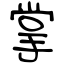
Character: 掌